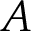
A